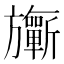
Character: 𣄨